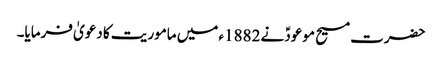
حضرت مسیح موعودؑ نے 1882ء میں ماموریت کا دعویٰ فرمایا۔